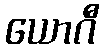
ယောဂီ